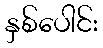
နှစ်ပေါင်း